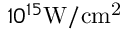
1 0 ^ { 1 5 } \mathrm { { W / c m ^ { 2 } } }